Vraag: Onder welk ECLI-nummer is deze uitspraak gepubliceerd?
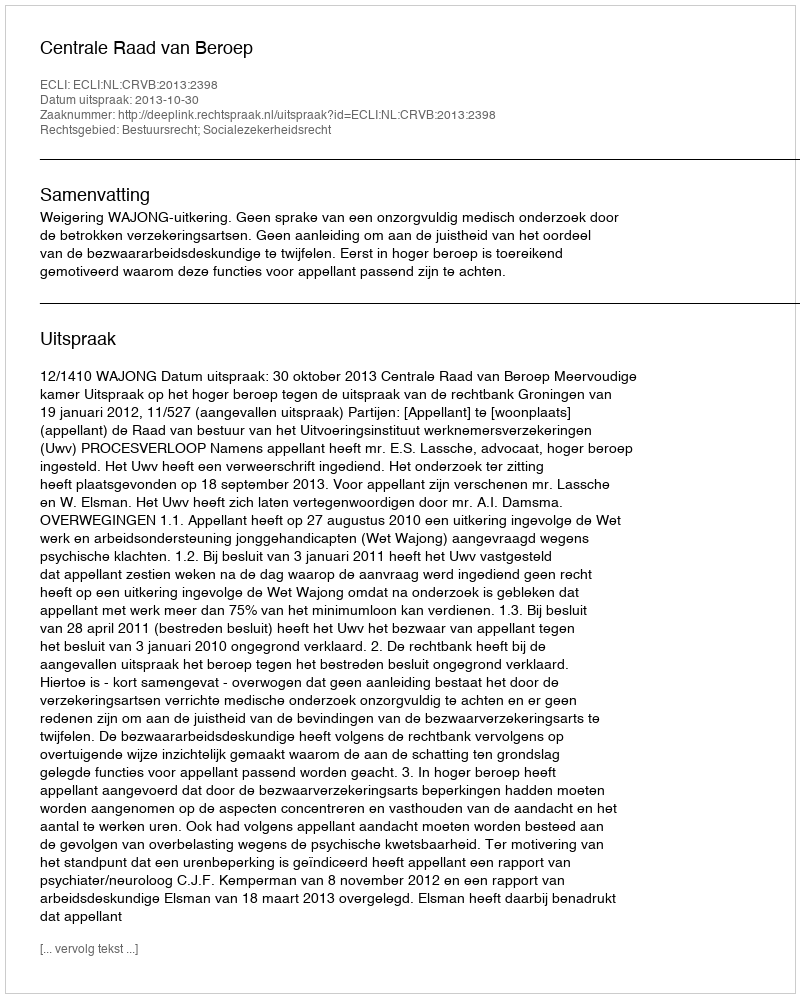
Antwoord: ECLI:NL:CRVB:2013:2398